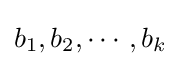
b_{1},b_{2},\cdots ,b_{k}